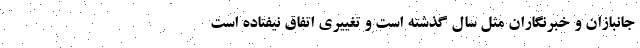
جانبازان و خبرنگاران مثل سال گذشته است و تغییری اتفاق نیفتاده است